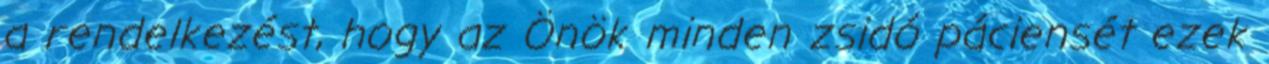
a rendelkezést, hogy az Önök minden zsidó páciensét ezek